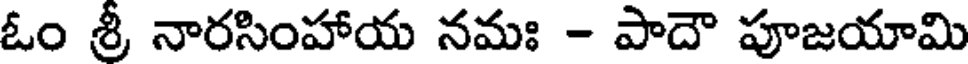
ఓం శ్రీ నారసింహాయ నమః - పాదౌ పూజయామి